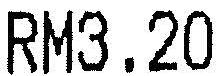
RM3.20